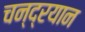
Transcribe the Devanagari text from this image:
चन्‍द्रयान